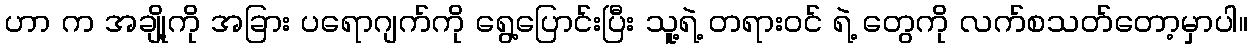
ဟာ က အချို့ကို အခြား ပရောဂျက်ကို ရွေ့ပြောင်းပြီး သူ့ရဲ့ တရားဝင် ရဲ့ တွေကို လက်စသတ်တော့မှာပါ။